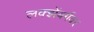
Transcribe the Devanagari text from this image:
लक्झेंबर्गवर